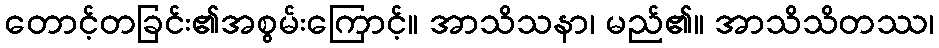
တောင့်တခြင်း၏အစွမ်းကြောင့်။ အာသိသနာ၊ မည်၏။ အာသိသိတဿ၊